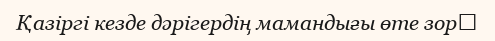
Қазіргі кезде дәрігердің мамандығы өте зор،